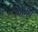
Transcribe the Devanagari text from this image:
त्वामेव